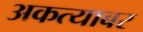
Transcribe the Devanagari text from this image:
अकत्याबर